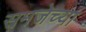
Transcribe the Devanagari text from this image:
समजेच्या